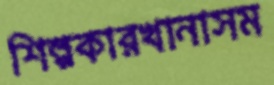
শিল্পকারখানাসম